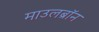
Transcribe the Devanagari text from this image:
माउलब्रॉन